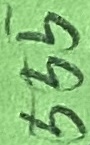
Text: 555